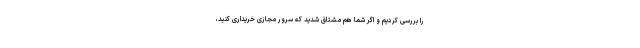
را بررسی کردیم و اگر شما هم مشتاق شدید که سرور مجازی خریداری کنید،